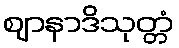
ဈာနာဒိသုတ္တံ